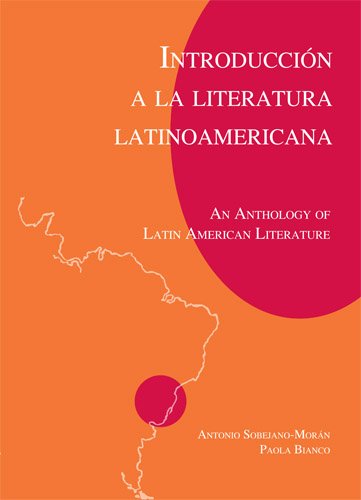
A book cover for IntroducciÃ³n a la literatura Latinoamericana (Spanish Edition); Paola Bianco; Literature & Fiction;